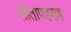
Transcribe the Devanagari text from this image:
सीतापहरण